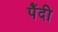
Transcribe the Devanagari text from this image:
पैंदी